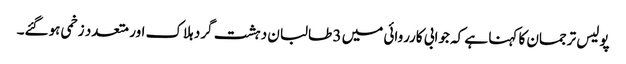
پولیس ترجمان کا کہنا ہے کہ جوابی کارروائی میں 3 طالبان دہشت گرد ہلاک اور متعدد زخمی ہوگئے۔